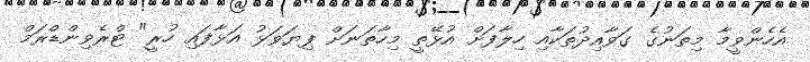
އެހެންވީމާ މިތަނުގެ ގަވާއިދުތަކާއި ހިލާފަށް އުޅޭތީ މިހާތަނަށް ފިޔަވަޅު އަޅާފައި ހުރީ" ޓްރެވިންޑްރަމް